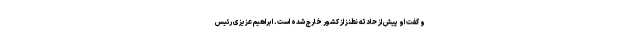
و گفت او پیش از حادثه نطنز از کشور خارج شده است. ابراهیم عزیزی رئیس